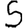
Digit: 5